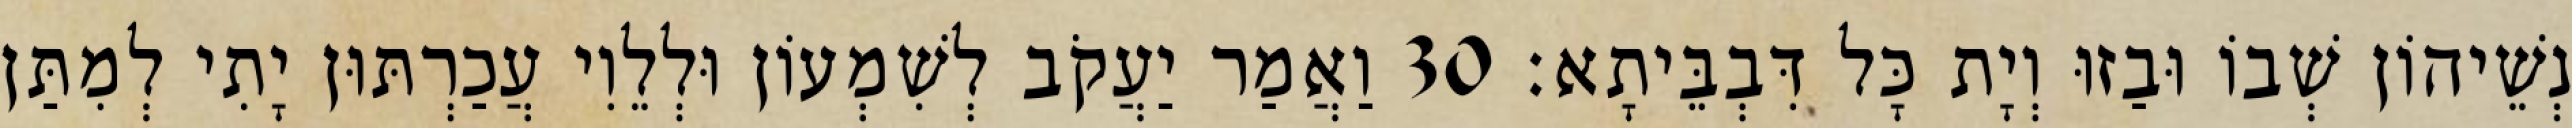
נְשֵׁיהוֹן שְׁבוֹ וּבַזוּ וְיָת כָּל דִּבְבֵּיתָא׃ 30 וַאֲמַר יַעֲקֹב לְשִׁמְעוֹן וּלְלֵוִי עֲכַרְתּוּן יָתִי לְמִתַּן